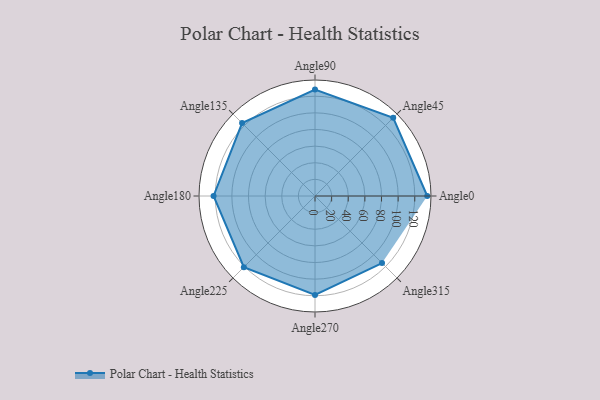
{"axis": {"x": "Angle", "y": "Radius"}, "legend": [""], "data": [{"x": "Angle0", "y": 135.0, "type": ""}, {"x": "Angle45", "y": 133.0, "type": ""}, {"x": "Angle90", "y": 128.0, "type": ""}, {"x": "Angle135", "y": 124.0, "type": ""}, {"x": "Angle180", "y": 122.0, "type": ""}, {"x": "Angle225", "y": 121.0, "type": ""}, {"x": "Angle270", "y": 119.0, "type": ""}, {"x": "Angle315", "y": 114.0, "type": ""}]}